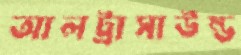
আলট্রাসাউন্ড